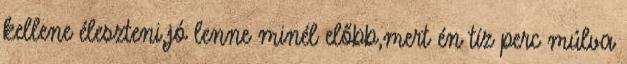
kellene éleszteni,jó lenne minél előbb,mert én tíz perc múlva